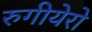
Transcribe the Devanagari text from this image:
रुगीयेरो